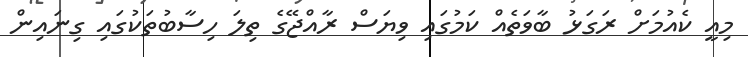
މިއީ ކެއުމަށް ރަގަޅު ބާވަތެއް ކަމުގައި ވިޔަސް ރާއްޖޭގެ ތިލަ ހިސާބުތަކުގައި ގިނައިން